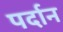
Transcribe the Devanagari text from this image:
पर्दान